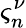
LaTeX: \varsigma_{n}^{\nu}